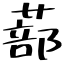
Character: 蔀